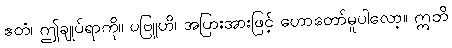
ဧတံ၊ ဤချုပ်ရာကို။ ပဗြူဟိ၊ အပြားအားဖြင့် ဟောတော်မူပါလော့။ ဣတိ